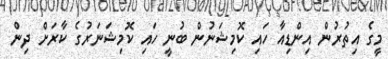
މީގެ އިތުރުން އިންޑިއާ ހައި ކޮމިޝަނުން ބުނީ ހައި ކޮމިޝަނަރުގެ ކާރަށް ދިން